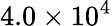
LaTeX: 4.0\times 10^{4}